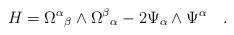
LaTeX: \begin{align*} H={\Omega^\alpha}_\beta \wedge{\Omega^\beta}_\alpha-2 \Psi_\alpha \wedge\Psi^\alpha \quad.\end{align*}